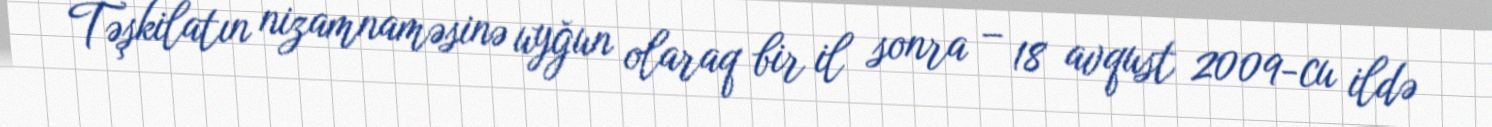
Təşkilatın nizamnaməsinə uyğun olaraq bir il sonra – 18 avqust 2009-cu ildə